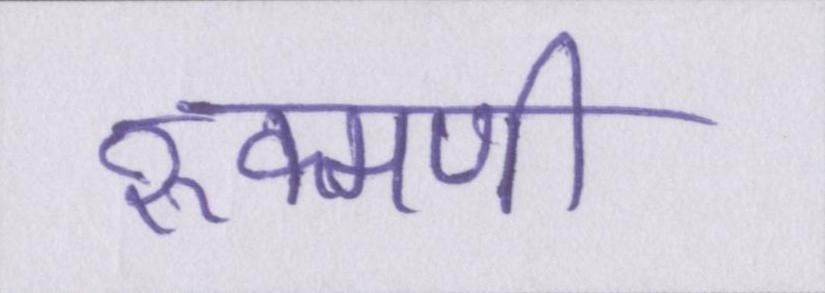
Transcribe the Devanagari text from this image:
रुक्मणी